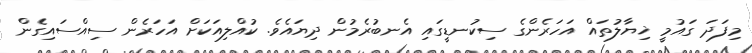
މިފަދަ ގައުމީ ޚިޔާލުތައް އަހަރެންގެ ސިކުނޑީގައި އެނބުރެމުން ދިޔައެވެ. ކުއްލިއަކަށް އަހަރެން ސިއްސައިގެން